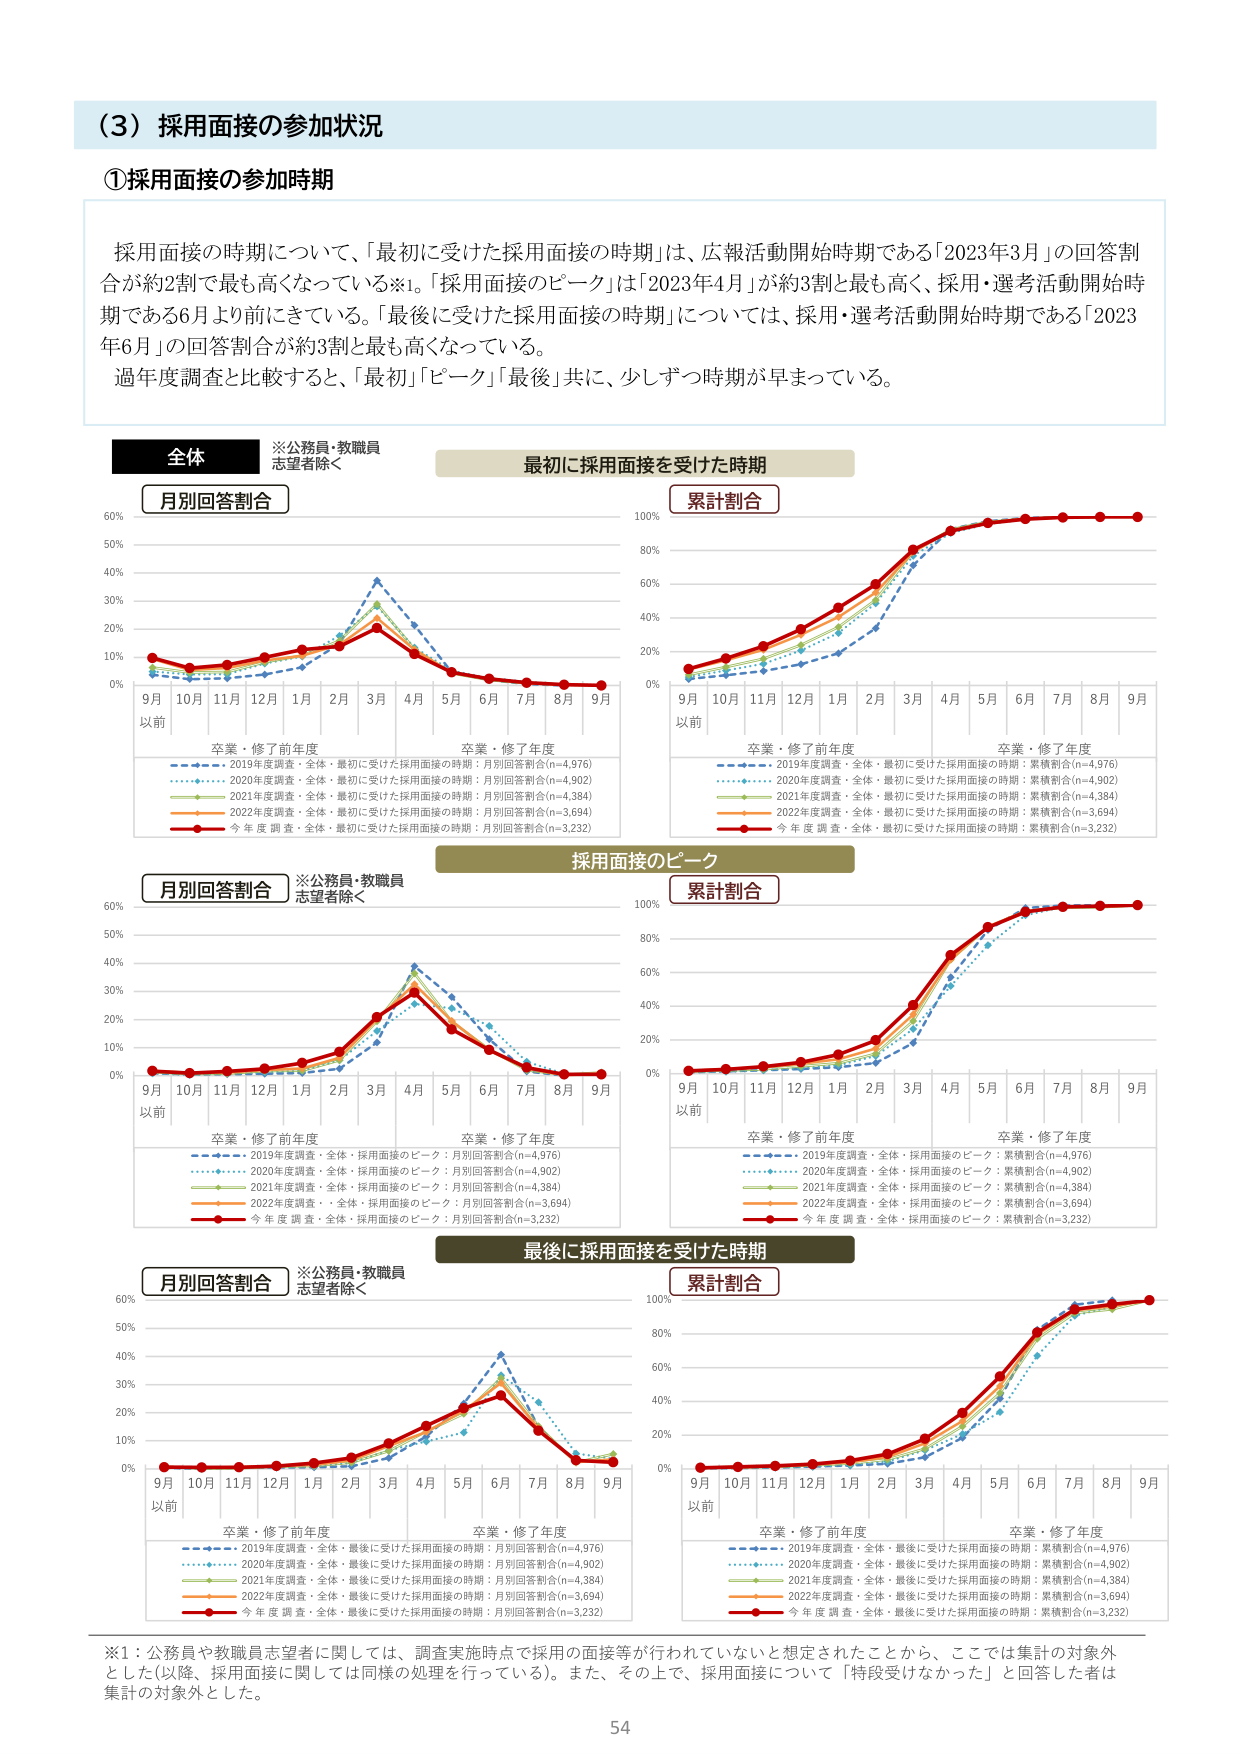
（3）採用面接の参加状況

①採用面接の参加時期

採用面接の時期について、「最初に受けた採用面接の時期」は、広報活動開始時期である「2023年3月」の回答割合が約2割で最も高くなっている※1。「採用面接のピーク」は「2023年4月」が約3割と最も高く、採用・選考活動開始時期である6月より前にきている。「最後に受けた採用面接の時期」については、採用・選考活動開始時期である「2023年6月」の回答割合が約3割と最も高くなっている。

過年度調査と比較すると、「最初」「ピーク」「最後」共に、少しずつ時期が早まっている。

全体
※公務員・教職員志望者除く

最初に採用面接を受けた時期

月別回答割合

9月以前 10月 11月 12月 1月 2月 3月 4月 5月 6月 7月 8月 9月

卒業・修了前年度 卒業・修了年度

2019年度調査・全体・最初に受けた採用面接の時期：月別回答割合(n=4,976)
2020年度調査・全体・最初に受けた採用面接の時期：月別回答割合(n=4,902)
2021年度調査・全体・最初に受けた採用面接の時期：月別回答割合(n=4,384)
2022年度調査・全体・最初に受けた採用面接の時期：月別回答割合(n=3,694)
今年度調査・全体・最初に受けた採用面接の時期：月別回答割合(n=3,232)

累計割合

9月以前 10月 11月 12月 1月 2月 3月 4月 5月 6月 7月 8月 9月

卒業・修了前年度 卒業・修了年度

2019年度調査・全体・最初に受けた採用面接の時期：累積割合(n=4,976)
2020年度調査・全体・最初に受けた採用面接の時期：累積割合(n=4,902)
2021年度調査・全体・最初に受けた採用面接の時期：累積割合(n=4,384)
2022年度調査・全体・最初に受けた採用面接の時期：累積割合(n=3,694)
今年度調査・全体・最初に受けた採用面接の時期：累積割合(n=3,232)

採用面接のピーク

月別回答割合

9月以前 10月 11月 12月 1月 2月 3月 4月 5月 6月 7月 8月 9月

卒業・修了前年度 卒業・修了年度

2019年度調査・全体・採用面接のピーク：月別回答割合(n=4,976)
2020年度調査・全体・採用面接のピーク：月別回答割合(n=4,902)
2021年度調査・全体・採用面接のピーク：月別回答割合(n=4,384)
2022年度調査・全体・採用面接のピーク：月別回答割合(n=3,694)
今年度調査・全体・採用面接のピーク：月別回答割合(n=3,232)

累計割合

9月以前 10月 11月 12月 1月 2月 3月 4月 5月 6月 7月 8月 9月

卒業・修了前年度 卒業・修了年度

2019年度調査・全体・採用面接のピーク：累積割合(n=4,976)
2020年度調査・全体・採用面接のピーク：累積割合(n=4,902)
2021年度調査・全体・採用面接のピーク：累積割合(n=4,384)
2022年度調査・全体・採用面接のピーク：累積割合(n=3,694)
今年度調査・全体・採用面接のピーク：累積割合(n=3,232)

最後に採用面接を受けた時期

月別回答割合

9月以前 10月 11月 12月 1月 2月 3月 4月 5月 6月 7月 8月 9月

卒業・修了前年度 卒業・修了年度

2019年度調査・全体・最後に受けた採用面接の時期：月別回答割合(n=4,976)
2020年度調査・全体・最後に受けた採用面接の時期：月別回答割合(n=4,902)
2021年度調査・全体・最後に受けた採用面接の時期：月別回答割合(n=4,384)
2022年度調査・全体・最後に受けた採用面接の時期：月別回答割合(n=3,694)
今年度調査・全体・最後に受けた採用面接の時期：月別回答割合(n=3,232)

累計割合

9月以前 10月 11月 12月 1月 2月 3月 4月 5月 6月 7月 8月 9月

卒業・修了前年度 卒業・修了年度

2019年度調査・全体・最後に受けた採用面接の時期：累積割合(n=4,976)
2020年度調査・全体・最後に受けた採用面接の時期：累積割合(n=4,902)
2021年度調査・全体・最後に受けた採用面接の時期：累積割合(n=4,384)
2022年度調査・全体・最後に受けた採用面接の時期：累積割合(n=3,694)
今年度調査・全体・最後に受けた採用面接の時期：累積割合(n=3,232)

※1：公務員や教職員志望者に関しては、調査実施時点で採用の面接等が行われていないと想定されたことから、ここでは集計の対象外とした（以降、採用面接に関しては同様の処理を行っている）。また、その上で、採用面接について「特段受けなかった」と回答した者は集計の対象外とした。

54